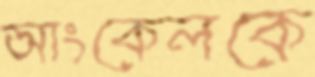
আংকেলকে